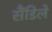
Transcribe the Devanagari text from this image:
सैंडिले